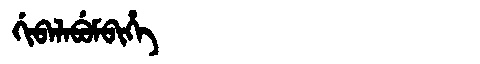
Manchu: ᡤᡳᠪᠠᠯᠠᠪᡠᠮᠪᡳᡥᡝ
Romanization: GIBALABUMBIHE